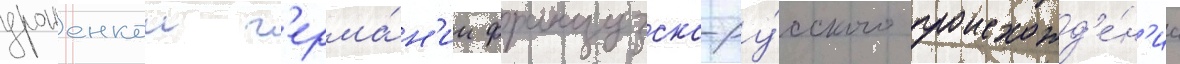
уроженкои г'ерма́н'ии французско-ру́сского происхожд'е́н'иа